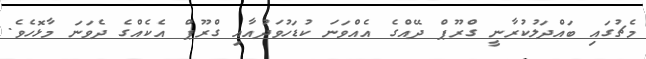
މެޗުގައި ބައްދަލުކުރާނީ ގްރޫޕް ދޭއްގެ އެއްވަނަ ކުޑަހުވަދުއާއި ގްރޫޕް އެކެއްގެ ދެވަނަ މާޅޮހެވެ.